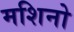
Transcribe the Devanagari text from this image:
मशिनो